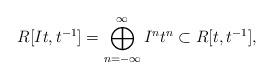
LaTeX: \begin{align*}R[It, t^{-1}] = \bigoplus_{n = - \infty}^{\infty} I^n t^n \subset R[t, t^{-1}],\end{align*}